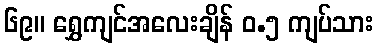
၆၉။ ရွှေကျင်အလေးချိန် ၀.၅ ကျပ်သား